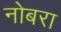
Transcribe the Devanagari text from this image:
नोबरा